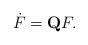
LaTeX: \begin{align*}\dot{F}=\mathbf{Q}F.\end{align*}